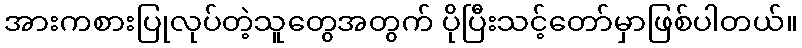
အားကစားပြုလုပ်တဲ့သူတွေအတွက် ပိုပြီးသင့်တော်မှာဖြစ်ပါတယ်။